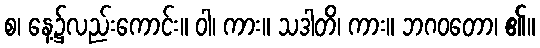
စ၊ နေ့၌လည်းကောင်း။ ဝါ၊ ကား။ သဒါတိ၊ ကား။ ဘဂဝတော၊ ၏။